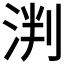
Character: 𬇯